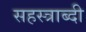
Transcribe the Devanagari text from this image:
सहस्‍त्राब्दी